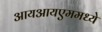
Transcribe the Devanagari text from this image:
आयआयएममध्ये